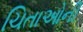
ચિતાઓની